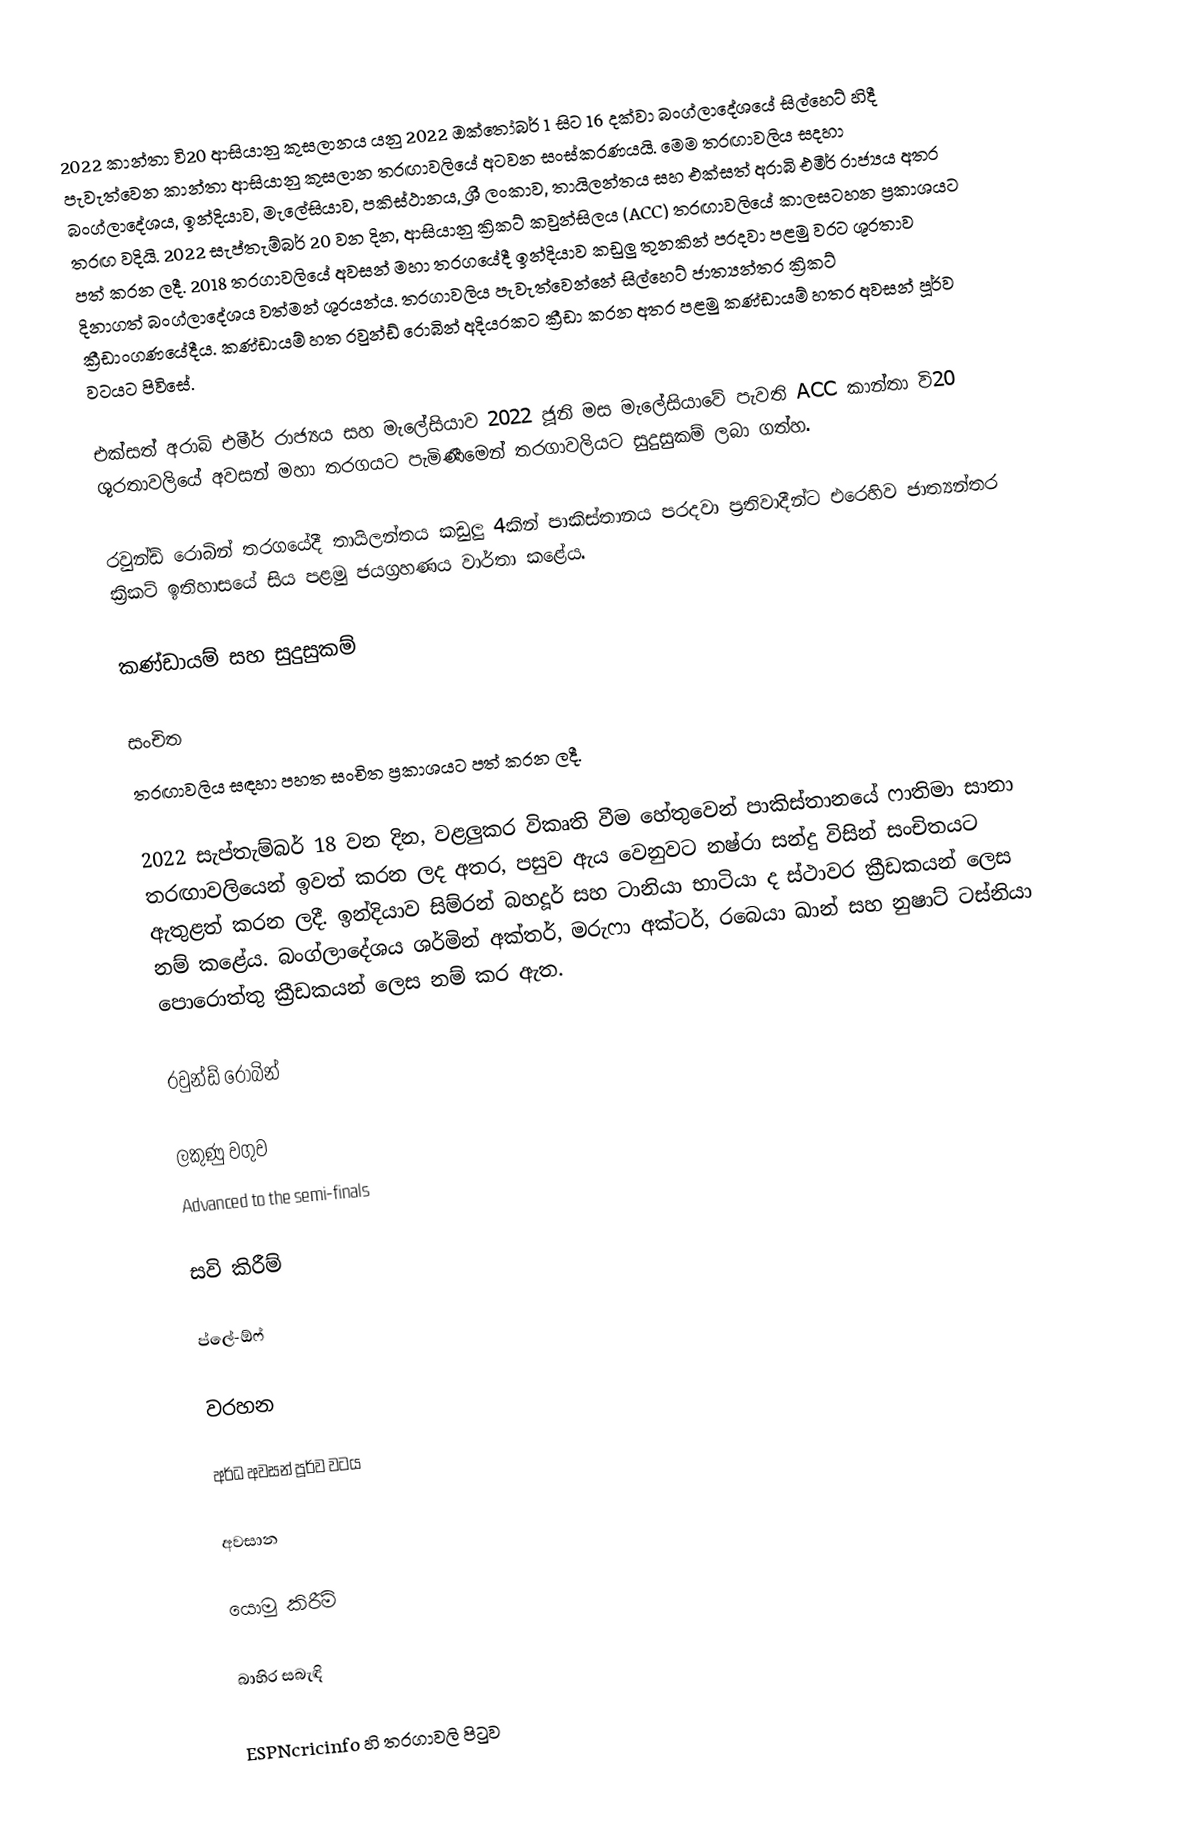
2022 කාන්තා වි20 ආසියානු කුසලානය යනු 2022 ඔක්තෝබර් 1 සිට 16 දක්වා බංග්ලාදේශයේ සිල්හෙට් හිදී පැවැත්වෙන කාන්තා ආසියානු කුසලාන තරඟාවලියේ අටවන සංස්කරණයයි. මෙම තරඟාවලිය සදහා බංග්ලාදේශය, ඉන්දියාව, මැලේසියාව, පකිස්ථානය, ශ්‍රී ලංකාව, තායිලන්තය සහ එක්සත් අරාබි එමීර් රාජ්‍යය අතර තරඟ වදියි. 2022 සැප්තැම්බර් 20 වන දින, ආසියානු ක්‍රිකට් කවුන්සිලය (ACC) තරඟාවලියේ කාලසටහන ප්‍රකාශයට පත් කරන ලදී. 2018 තරගාවලියේ අවසන් මහා තරගයේදී ඉන්දියාව කඩුලු තුනකින් පරදවා පළමු වරට ශූරතාව දිනාගත් බංග්ලාදේශය වත්මන් ශූරයන්ය. තරගාවලිය පැවැත්වෙන්නේ සිල්හෙට් ජාත්‍යන්තර ක්‍රිකට් ක්‍රීඩාංගණයේදීය. කණ්ඩායම් හත රවුන්ඩ් රොබින් අදියරකට ක්‍රීඩා කරන අතර පළමු කණ්ඩායම් හතර අවසන් පූර්ව වටයට පිවිසේ.

එක්සත් අරාබි එමීර් රාජ්‍යය සහ මැලේසියාව 2022 ජූනි මස මැලේසියාවේ පැවති ACC කාන්තා වි20 ශූරතාවලියේ අවසන් මහා තරගයට පැමිණීමෙන් තරගාවලියට සුදුසුකම් ලබා ගත්හ.

රවුන්ඩ් රොබින් තරගයේදී තායිලන්තය කඩුලු 4කින් පාකිස්තානය පරදවා ප්‍රතිවාදීන්ට එරෙහිව ජාත්‍යන්තර ක්‍රිකට් ඉතිහාසයේ සිය පළමු ජයග්‍රහණය වාර්තා කළේය.

කණ්ඩායම් සහ සුදුසුකම්

සංචිත
තරඟාවලිය සඳහා පහත සංචිත ප්‍රකාශයට පත් කරන ලදී.

2022 සැප්තැම්බර් 18 වන දින, වළලුකර විකෘති වීම හේතුවෙන් පාකිස්තානයේ ෆාතිමා සානා තරඟාවලියෙන් ඉවත් කරන ලද අතර,  පසුව ඇය වෙනුවට නෂ්රා සන්දු විසින් සංචිතයට ඇතුළත් කරන ලදී.  ඉන්දියාව සිම්රන් බහදූර් සහ ටානියා භාටියා ද ස්ථාවර ක්‍රීඩකයන් ලෙස නම් කළේය.  බංග්ලාදේශය ශර්මින් අක්තර්, මරුෆා අක්ටර්, රබෙයා ඛාන් සහ නුෂාට් ටස්නියා පොරොත්තු ක්‍රීඩකයන් ලෙස නම් කර ඇත.

රවුන්ඩ් රොබින්

ලකුණු වගුව
 Advanced to the semi-finals

සවි කිරීම්

ප්ලේ-ඕෆ්

වරහන

අර්ධ අවසන් පූර්ව වටය

අවසාන

යොමු කිරීම්

බාහිර සබැඳි

 ESPNcricinfo හි තරගාවලි පිටුව